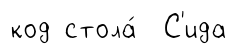
код стола́ С'ида